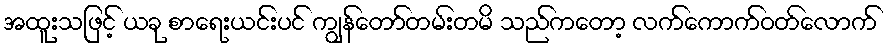
အထူးသဖြင့် ယခု စာရေးယင်းပင် ကျွန်တော်တမ်းတမိ သည်ကတော့ လက်ကောက်ဝတ်လောက်